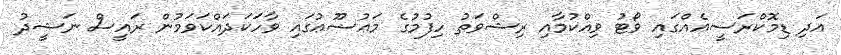
އަދި ޑިމޮކްރަސީއެއްގައި ވޯޓު ވިއްކުމާއި ރިޝްވަތު ހިފުމުގެ މައުޟޫޢުގައި ވާހަކަދައްކަވަމުން ރައީސް ނަޝީދު